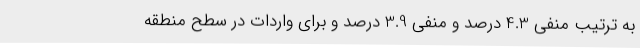
به ترتیب منفی 4.3 درصد و منفی 3.9 درصد و برای واردات در سطح منطقه